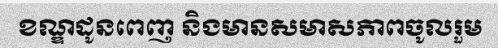
ខណ្ឌដូនពេញ និងមានសមាសភាពចូលរួម